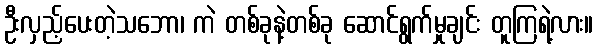
ဦးလှည့်ပေးတဲ့သဘော၊ ကဲ တစ်ခုနဲ့တစ်ခု ဆောင်ရွက်မှုချင်း တူကြရဲ့လား။